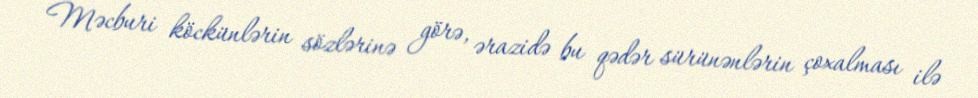
Məcburi köckünlərin sözlərinə görə, ərazidə bu qədər sürünənlərin çoxalması ilə